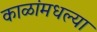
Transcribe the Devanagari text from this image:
काळांमधल्या